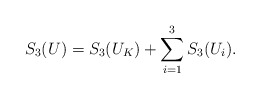
\begin{align*}S_3(U) = S_3(U_K) + \sum_{i=1}^3 S_3(U_i). \end{align*}